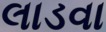
લાડવા